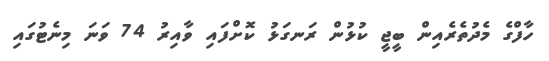
ހާފްގެ މެދުތެރެއިން ބީޖީ ކުޅުން ރަނގަޅު ކޮށްފައި ވާއިރު 74 ވަނަ މިނެޓުގައި